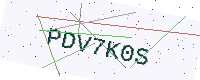
Text: PDV7K0S